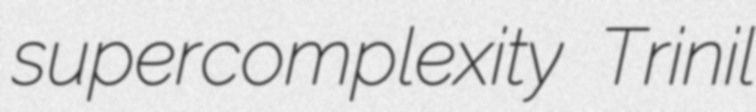
supercomplexity Trinil